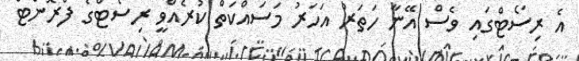
އެ ރިސޯޓްގައި ވެސް އޭނާ ހަތަރު އަހަރު މަސައްކަތް ކުރެއްވީ ރިސޯޓްގެ ފްރޮންޓް